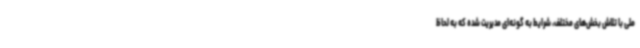
ملی با تلاش بخش‌های مختلف، شرایط به گونه‌ای مدیریت شده که به لحاظ